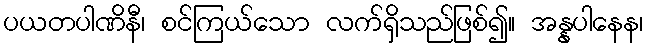
ပယတပါဏိနီ၊ စင်ကြယ်သော လက်ရှိသည်ဖြစ်၍။ အန္နပါနေန၊